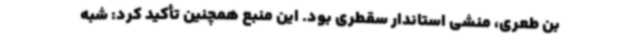
بن طعری، منشی استاندار سقطری بود. این منبع همچنین تأکید کرد: شبه‌